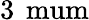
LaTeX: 3\, \mathrm{\ mum}